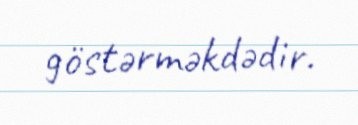
göstərməkdədir.